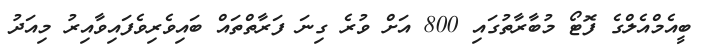
ބީއެމްއެލްގެ ފޮޓޯ މުބާރާތުގައި 800 އަށް ވުރެ ގިނަ ފަރާތްތައް ބައިވެރިވެފައިވާއިރު މިއަދު